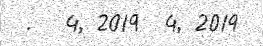
.   4